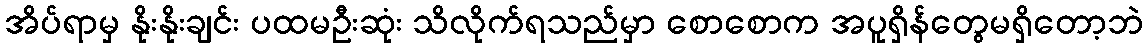
အိပ်ရာမှ နိုးနိုးချင်း ပထမဦးဆုံး သိလိုက်ရသည်မှာ စောစောက အပူရှိန်တွေမရှိတော့ဘဲ